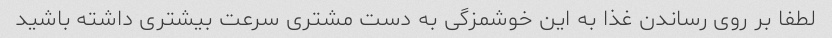
لطفا بر روی رساندن غذا به این خوشمزگی به دست مشتری سرعت بیشتری داشته باشید